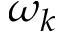
\omega _ { k }